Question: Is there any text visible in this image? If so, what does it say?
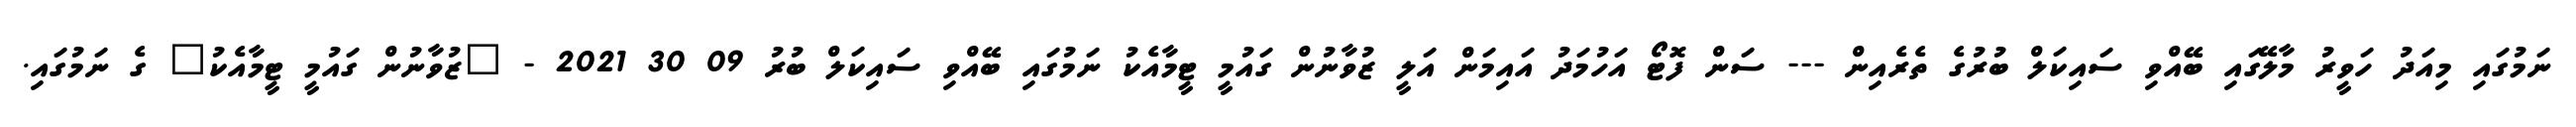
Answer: ނަމުގައި މިއަދު ހަވީރު މާލޭގައި ބޭއްވި ސައިކަލް ބުރުގެ ތެރެއިން --- ސަން ފޮޓޯ އަހުމަދު އައިމަން އަލީ ޒުވާނުން ގައުމީ ޓީމާއެކު ނަމުގައި ބޭއްވި ސައިކަލް ބުރު 09 30 2021 - "ޒުވާނުން ގައުމީ ޓީމާއެކު" ގެ ނަމުގައި.